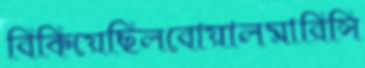
বিকিয়েছিলবোয়ালমারিসি